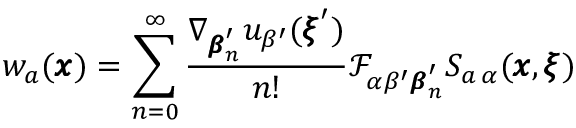
w _ { a } ( { \pmb x } ) = \sum _ { n = 0 } ^ { \infty } \frac { \nabla _ { { \pmb \beta } _ { n } ^ { \prime } } u _ { \beta ^ { \prime } } ( { \pmb \xi } ^ { \prime } ) } { n ! } \mathcal { F } _ { \alpha \beta ^ { \prime } { \pmb \beta } _ { n } ^ { \prime } } S _ { a \, \alpha } ( { \pmb x } , { \pmb \xi } )